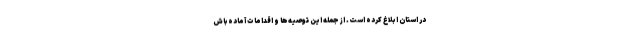
در استان ابلاغ کرده است. از جمله این توصیه‌ها و اقدامات آماده‌باش